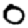
Digit: 0